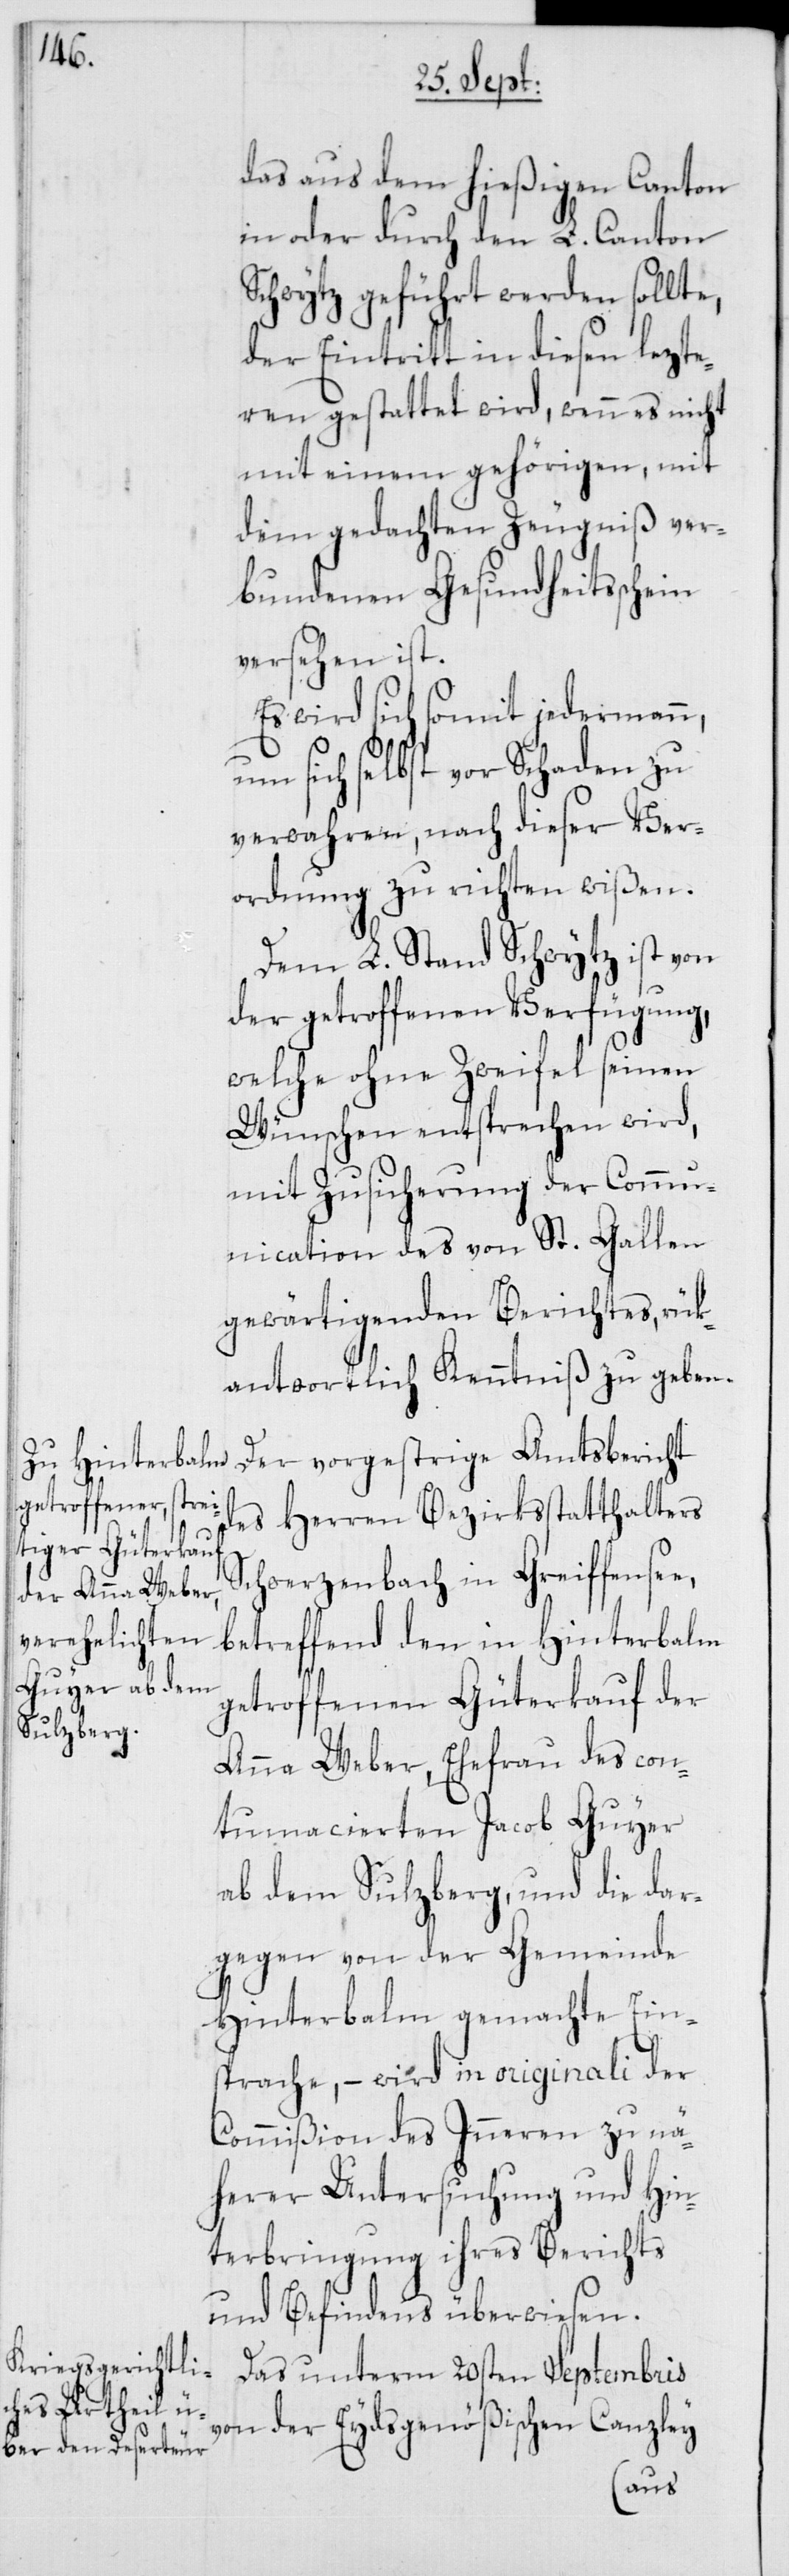
das aus dem hießigen Canton
in oder durch den L. Canton
Schwytz geführt werden sollte,
der Eintritt in diesen lezte¬
ren gestattet wird, wenn es nicht
mit einem gehörigen, mit
dem gedachten Zeugniß ver¬
bundenen Gesundheitsschein
versehen ist.
Es wird sich somit jedermann,
um sich selbst vor Schaden zu
verwahren, nach dieser Ver¬
ordnung zu richten wißen.
Dem L. Stand Schwytz ist von
der getroffenen Verfügung,
welche ohne Zweifel seinen
Wünschen entsprechen wird,
mit Zusicherung der Comm¬
unication des von St. Gallen
gewärtigenden Berichtes, rük¬
antwortlich Kenntniß zu geben.
Der vorgestrige Amtsbericht
des Herren Bezirksstatthalters
Schwerzenbach in Greiffensee,
betreffend den in Hinterbalm
getroffenen Güterkauf der
Anna Weber, Ehefrau des con¬
tumcierten Jacob Guyer
ab dem Sulzberg, und die dar¬
gegen von der Gemeinde
Hinterbalm gemachte Ein¬
sprache, – wird in originali der
Commißion des Inneren zu nä¬
herer Untersuchung und Hin¬
terbringung ihres Berichts
und Befindens überwiesen.
Das unterm 20sten Septembris
von der Eydsgenößischen Canzley